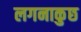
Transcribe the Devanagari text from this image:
लगनाकुछ